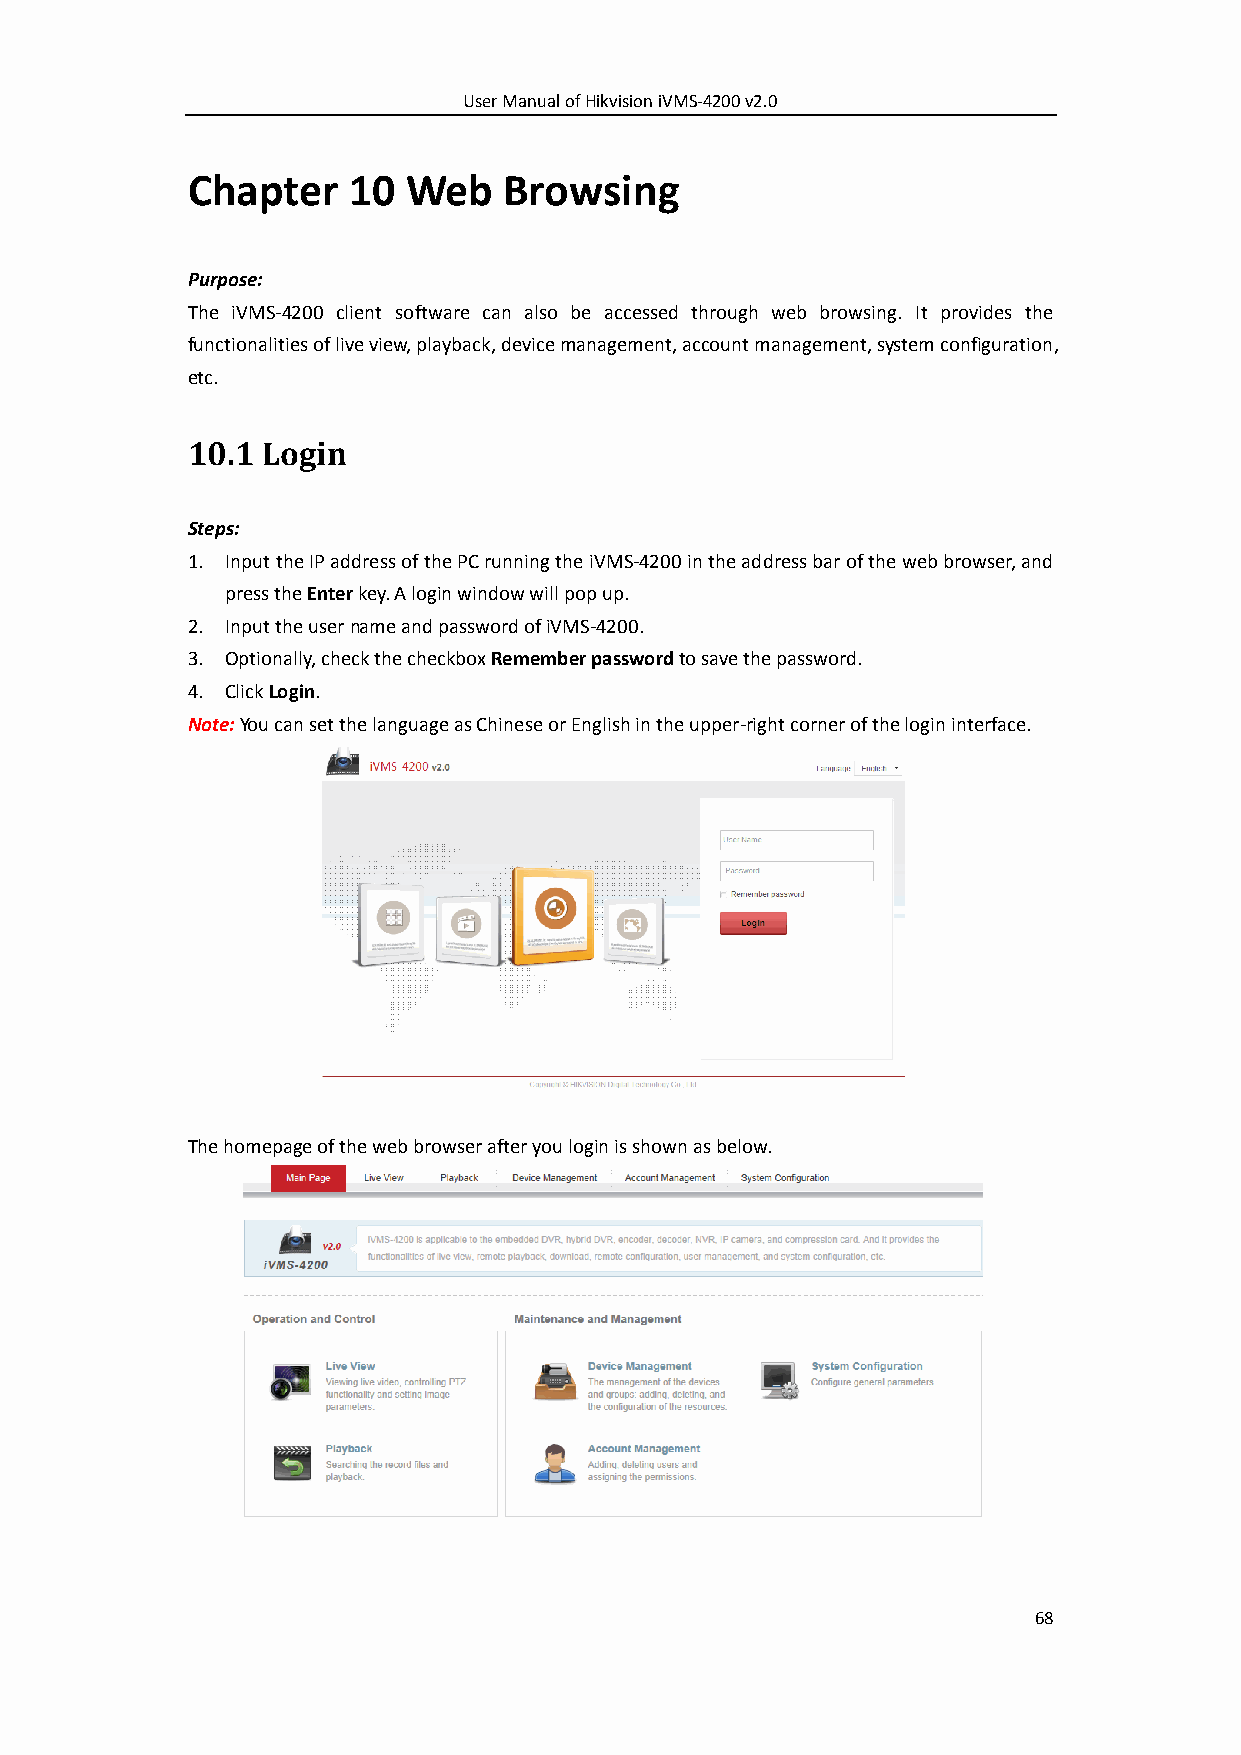
User Manual of Hikvision iVMS-4200 v2.0
 Chapter    10  Web   Browsing
 Purpose:
 The iVMS-4200 client software can also be accessed through web browsing. It provides the
 functionalities of live view, playback, device management, account management, system configuration,
 etc.
 10.1 Login
 Steps:
 1. Input the IP address of the PC running the iVMS-4200 in the address bar of the web browser, and
 press the Enter key. A login window will pop up.
 2. Input the user name and password of iVMS-4200.
 3. Optionally, check the checkbox Remember password to save the password.
 4. Click Login.
 Note: You can set the language as Chinese or English in the upper-right corner of the login interface.
 The homepage of the web browser after you login is shown as below.
 68